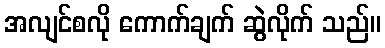
အလျင်စလို ကောက်ချက် ဆွဲလိုက် သည်။